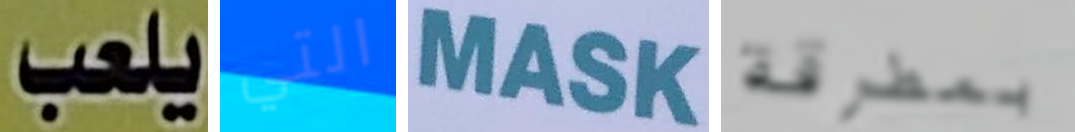
يلعب التي MASK بمطرقة